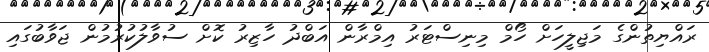
ރައްޔިތުންގެ މަޖިލީހަށް ހޯމް މިނިސްޓަރު އިމްރާން އަބްދު ހާޒިރު ކޮށް ސުވާލުކުރުމުން ޖަވާބުގައި